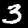
Digit: 3